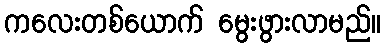
ကလေးတစ်ယောက် မွေးဖွားလာမည်။